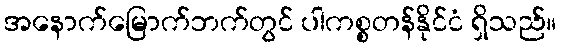
အနောက်မြောက်ဘက်တွင် ပါကစ္စတန်နိုင်ငံ ရှိသည်။